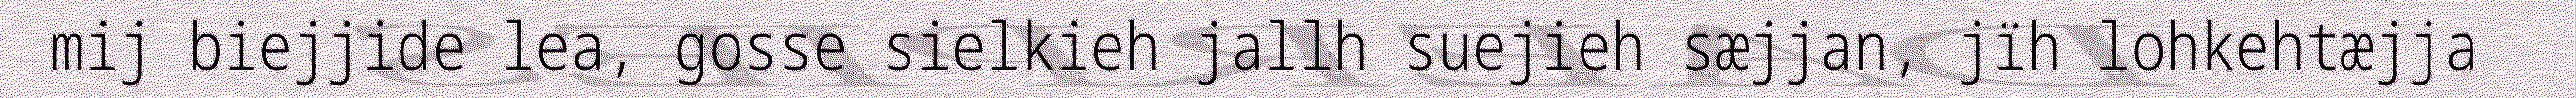
mij biejjide lea, gosse sielkieh jallh suejieh sæjjan, jïh lohkehtæjja